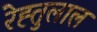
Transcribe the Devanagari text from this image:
रेह्तुलाल